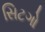
સિટગો